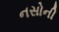
નસોની